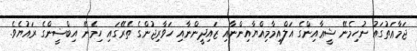
ޖަމާޢަތުގައު ނުހިމެނޭ ޝީޢާއިންގެ އަލްއިމާމިއްޔާއިންނާއި ޒައިދީންނާއި ހަވާރިޖުންގެ ތެރޭގައި ހިމެނޭ އިބްޟީންގެ ރައުޔެވެ.